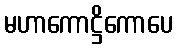
မဟာကောဋ္ဌိကောပေ